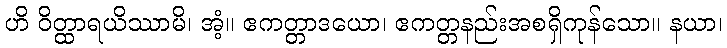
ဟိ ဝိတ္ထာရယိဿာမိ၊ အံ့။ ဧကတ္တာဒယော၊ ဧကတ္တနည်းအစရှိကုန်သော။ နယာ၊